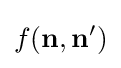
f(\mathbf {n} ,\mathbf {n} ')